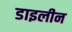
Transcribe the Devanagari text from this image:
डाइलीन